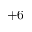
+ 6